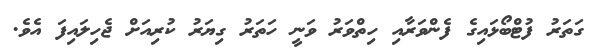
ގަތަރު ފުޓްބޯޅައިގެ ފެންވަރާއި ހިތްވަރު ވަނީ ހަތަރު ގިޔަރު ކުރިއަށް ޖެހިލައިފަ އެވެ.